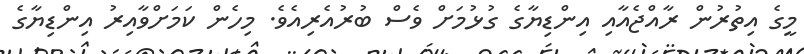
މީގެ އިތުރުން ރާއްޖެއާއި އިންޑިޔާގެ ގުޅުމަށް ވެސް ބުރުއެރިއެވެ. މިހެން ކަމަށްވާއިރު އިންޑިޔާގެ